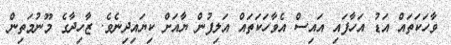
ވާހަކަތައް އަޑު އަހާފައި އައިސް އެވާހަކަތައް އަލިފުން ޔާއަށް ކިޔައިދިނެވެ. ޒާހިދާގެ މޫނުމަތިން